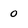
Character: 0